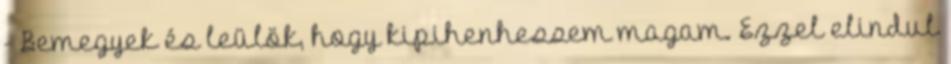
- Bemegyek és leülök, hogy kipihenhessem magam. Ezzel elindul